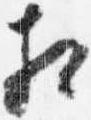
相